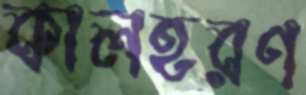
কালহরণ